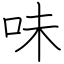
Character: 味